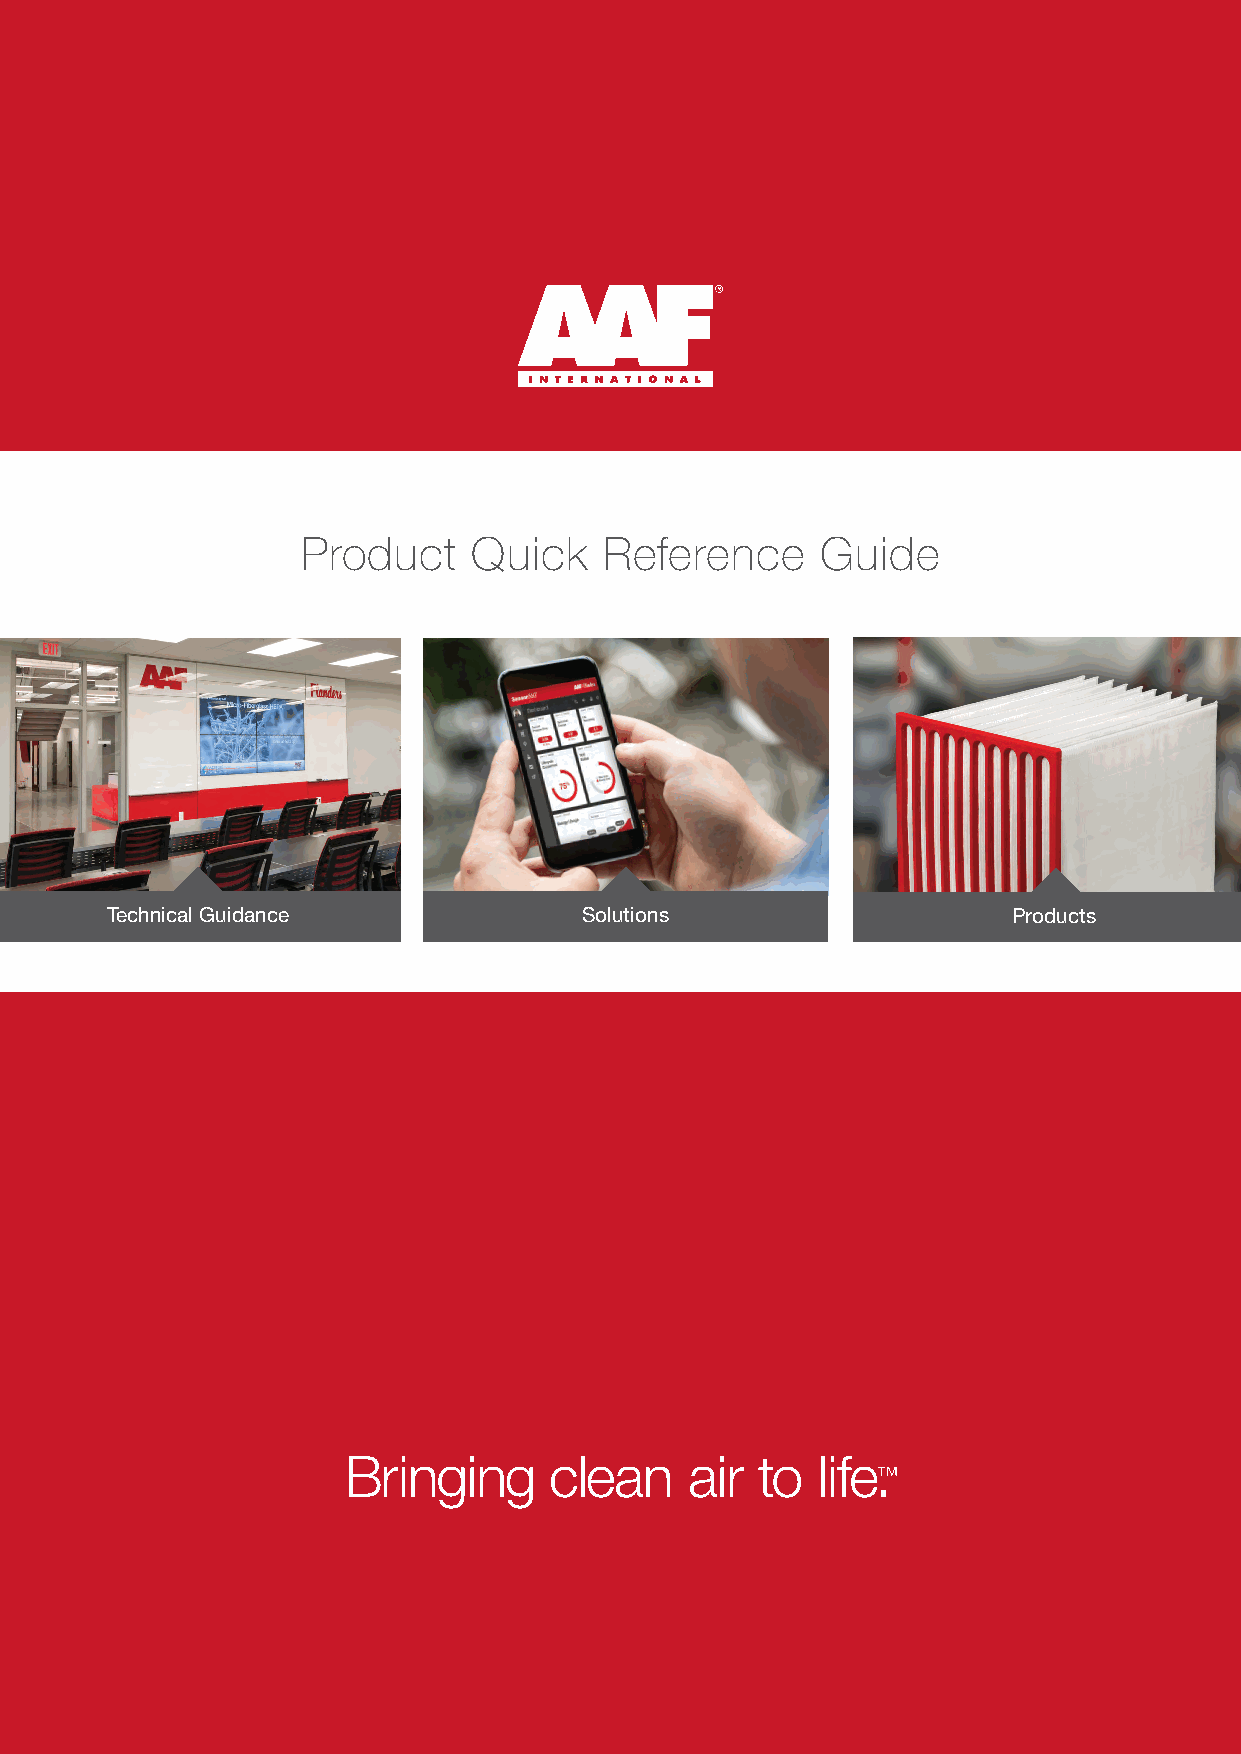
Product    Quick    Reference     Guide
 Technical Guidance              Solutions                   Products